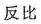
反比